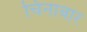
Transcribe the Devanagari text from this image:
चिनाबार